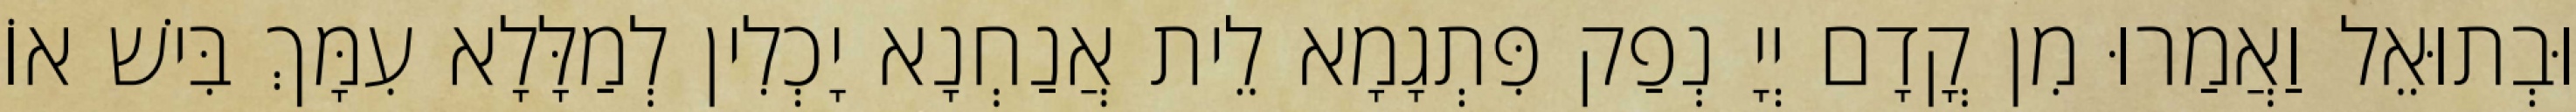
וּבְתוּאֵל וַאֲמַרוּ מִן קֳדָם יְיָ נְפַק פִּתְגָמָא לֵית אֲנַחְנָא יָכְלִין לְמַלָּלָא עִמָּךְ בִּישׁ אוֹ